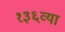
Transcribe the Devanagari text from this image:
१३६व्या